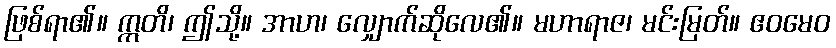
ဖြစ်ရာ၏။ ဣတိ၊ ဤသို့။ အာဟ၊ လျှောက်ဆိုလေ၏။ မဟာရာဇ၊ မင်းမြတ်။ ဧဝမေဝ